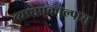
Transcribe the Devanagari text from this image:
व्याघ्रप्रकाल्पास